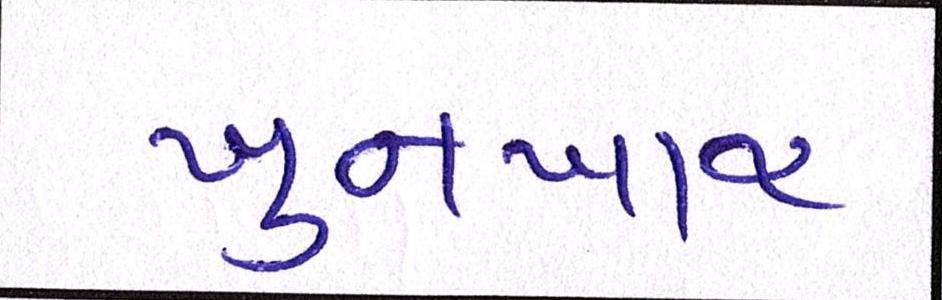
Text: ખુનખાર